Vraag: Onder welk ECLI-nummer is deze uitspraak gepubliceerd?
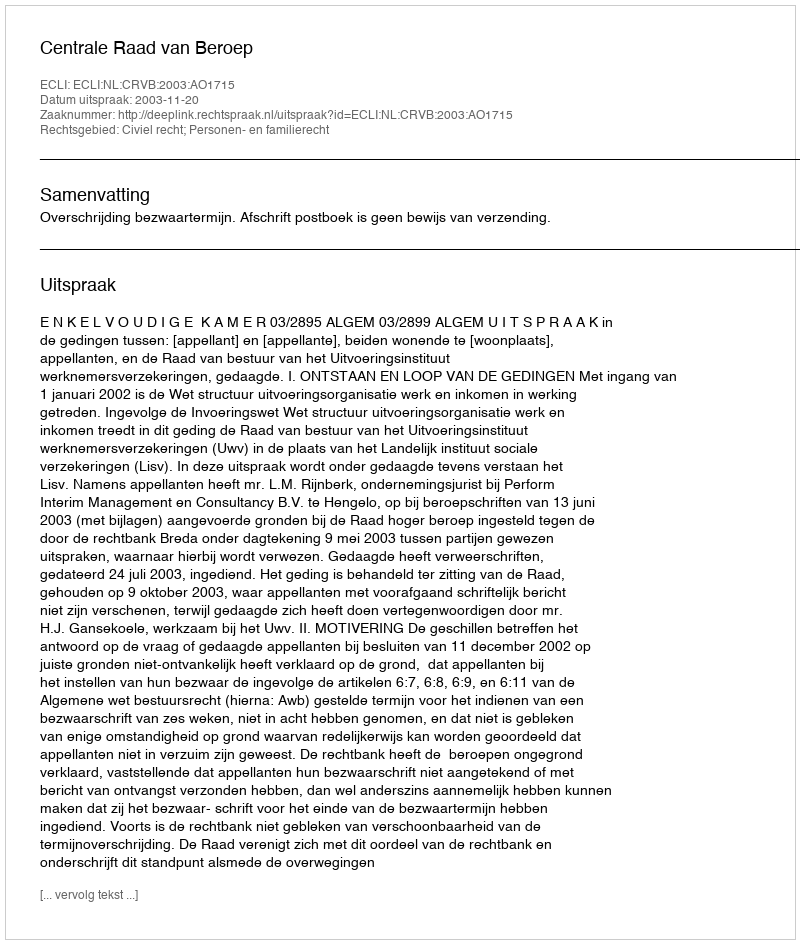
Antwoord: ECLI:NL:CRVB:2003:AO1715